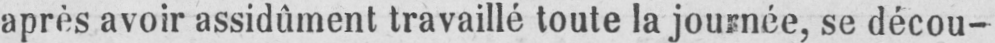
après avoir assidûment travaillé toute la journée, se décou-